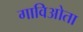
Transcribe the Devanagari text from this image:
गाविओता